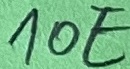
Text: 10E